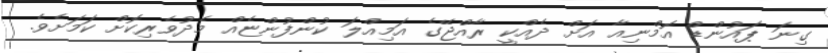
ގިނަ ޕައުންޑް އޮމްނިއާ އަށް ދެއްކީ ރާއްޖޭގެ އަމިއްލަ ކުންފުންޏެއް މެދުވެރިކޮށް ކަމަށެވެ.